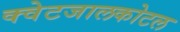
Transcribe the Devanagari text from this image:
क्वेटजालकोटल